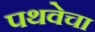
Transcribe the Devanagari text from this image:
पथवेचा